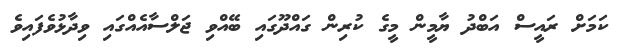
ކަމަށް ރައީސް އަބްދު ޔާމީން މީގެ ކުރިން ގައްދޫގައި ބޭއްވި ޖަލްސާއެއްގައި ވިދާޅުވެފައިވެ